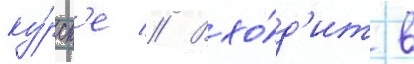
ку́рск'е // Вхо́д'ит в